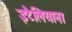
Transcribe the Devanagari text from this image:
इटैलियाना